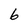
Character: 6